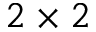
2 \times 2